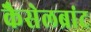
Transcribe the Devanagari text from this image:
कैसेलब्रांट